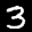
Label: 3